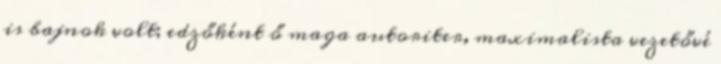
is bajnok volt; edzőként ő maga autoriter, maximalista vezetővé